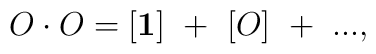
O\cdot O=[{\bf 1}]~+~[O]~+~...,